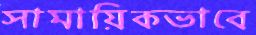
সামায়িকভাবে